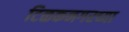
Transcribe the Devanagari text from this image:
टिळकनगरच्या